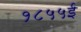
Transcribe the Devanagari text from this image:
१८५५ई